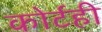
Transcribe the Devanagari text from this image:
कोर्टही